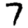
Digit: 7